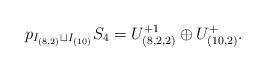
LaTeX: \begin{align*}p_{I_{(8,2)}\sqcup I_{(10)}} S_4=U_{(8,2,2)}^{+1}\oplus U_{(10,2)}^+.\end{align*}